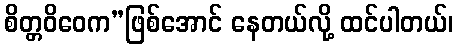
စိတ္တဝိဝေက”ဖြစ်အောင် နေတယ်လို့ ထင်ပါတယ်၊